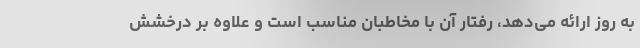
به روز ارائه می‌دهد، رفتار آن با مخاطبان مناسب است و علاوه بر درخشش